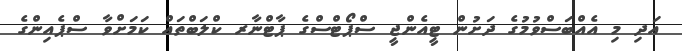
އަދި މި އެއްބަސްވުމުގެ ދަށުން ޓީއެންޖީ ސްޕޯޓްސްގެ ޕާޓްނާރ ކްލަބްތައް ކަމަށްވާ ސްޕެއިންގެ